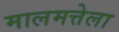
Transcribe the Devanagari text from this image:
मालमत्तेला